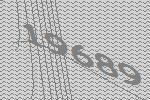
19689